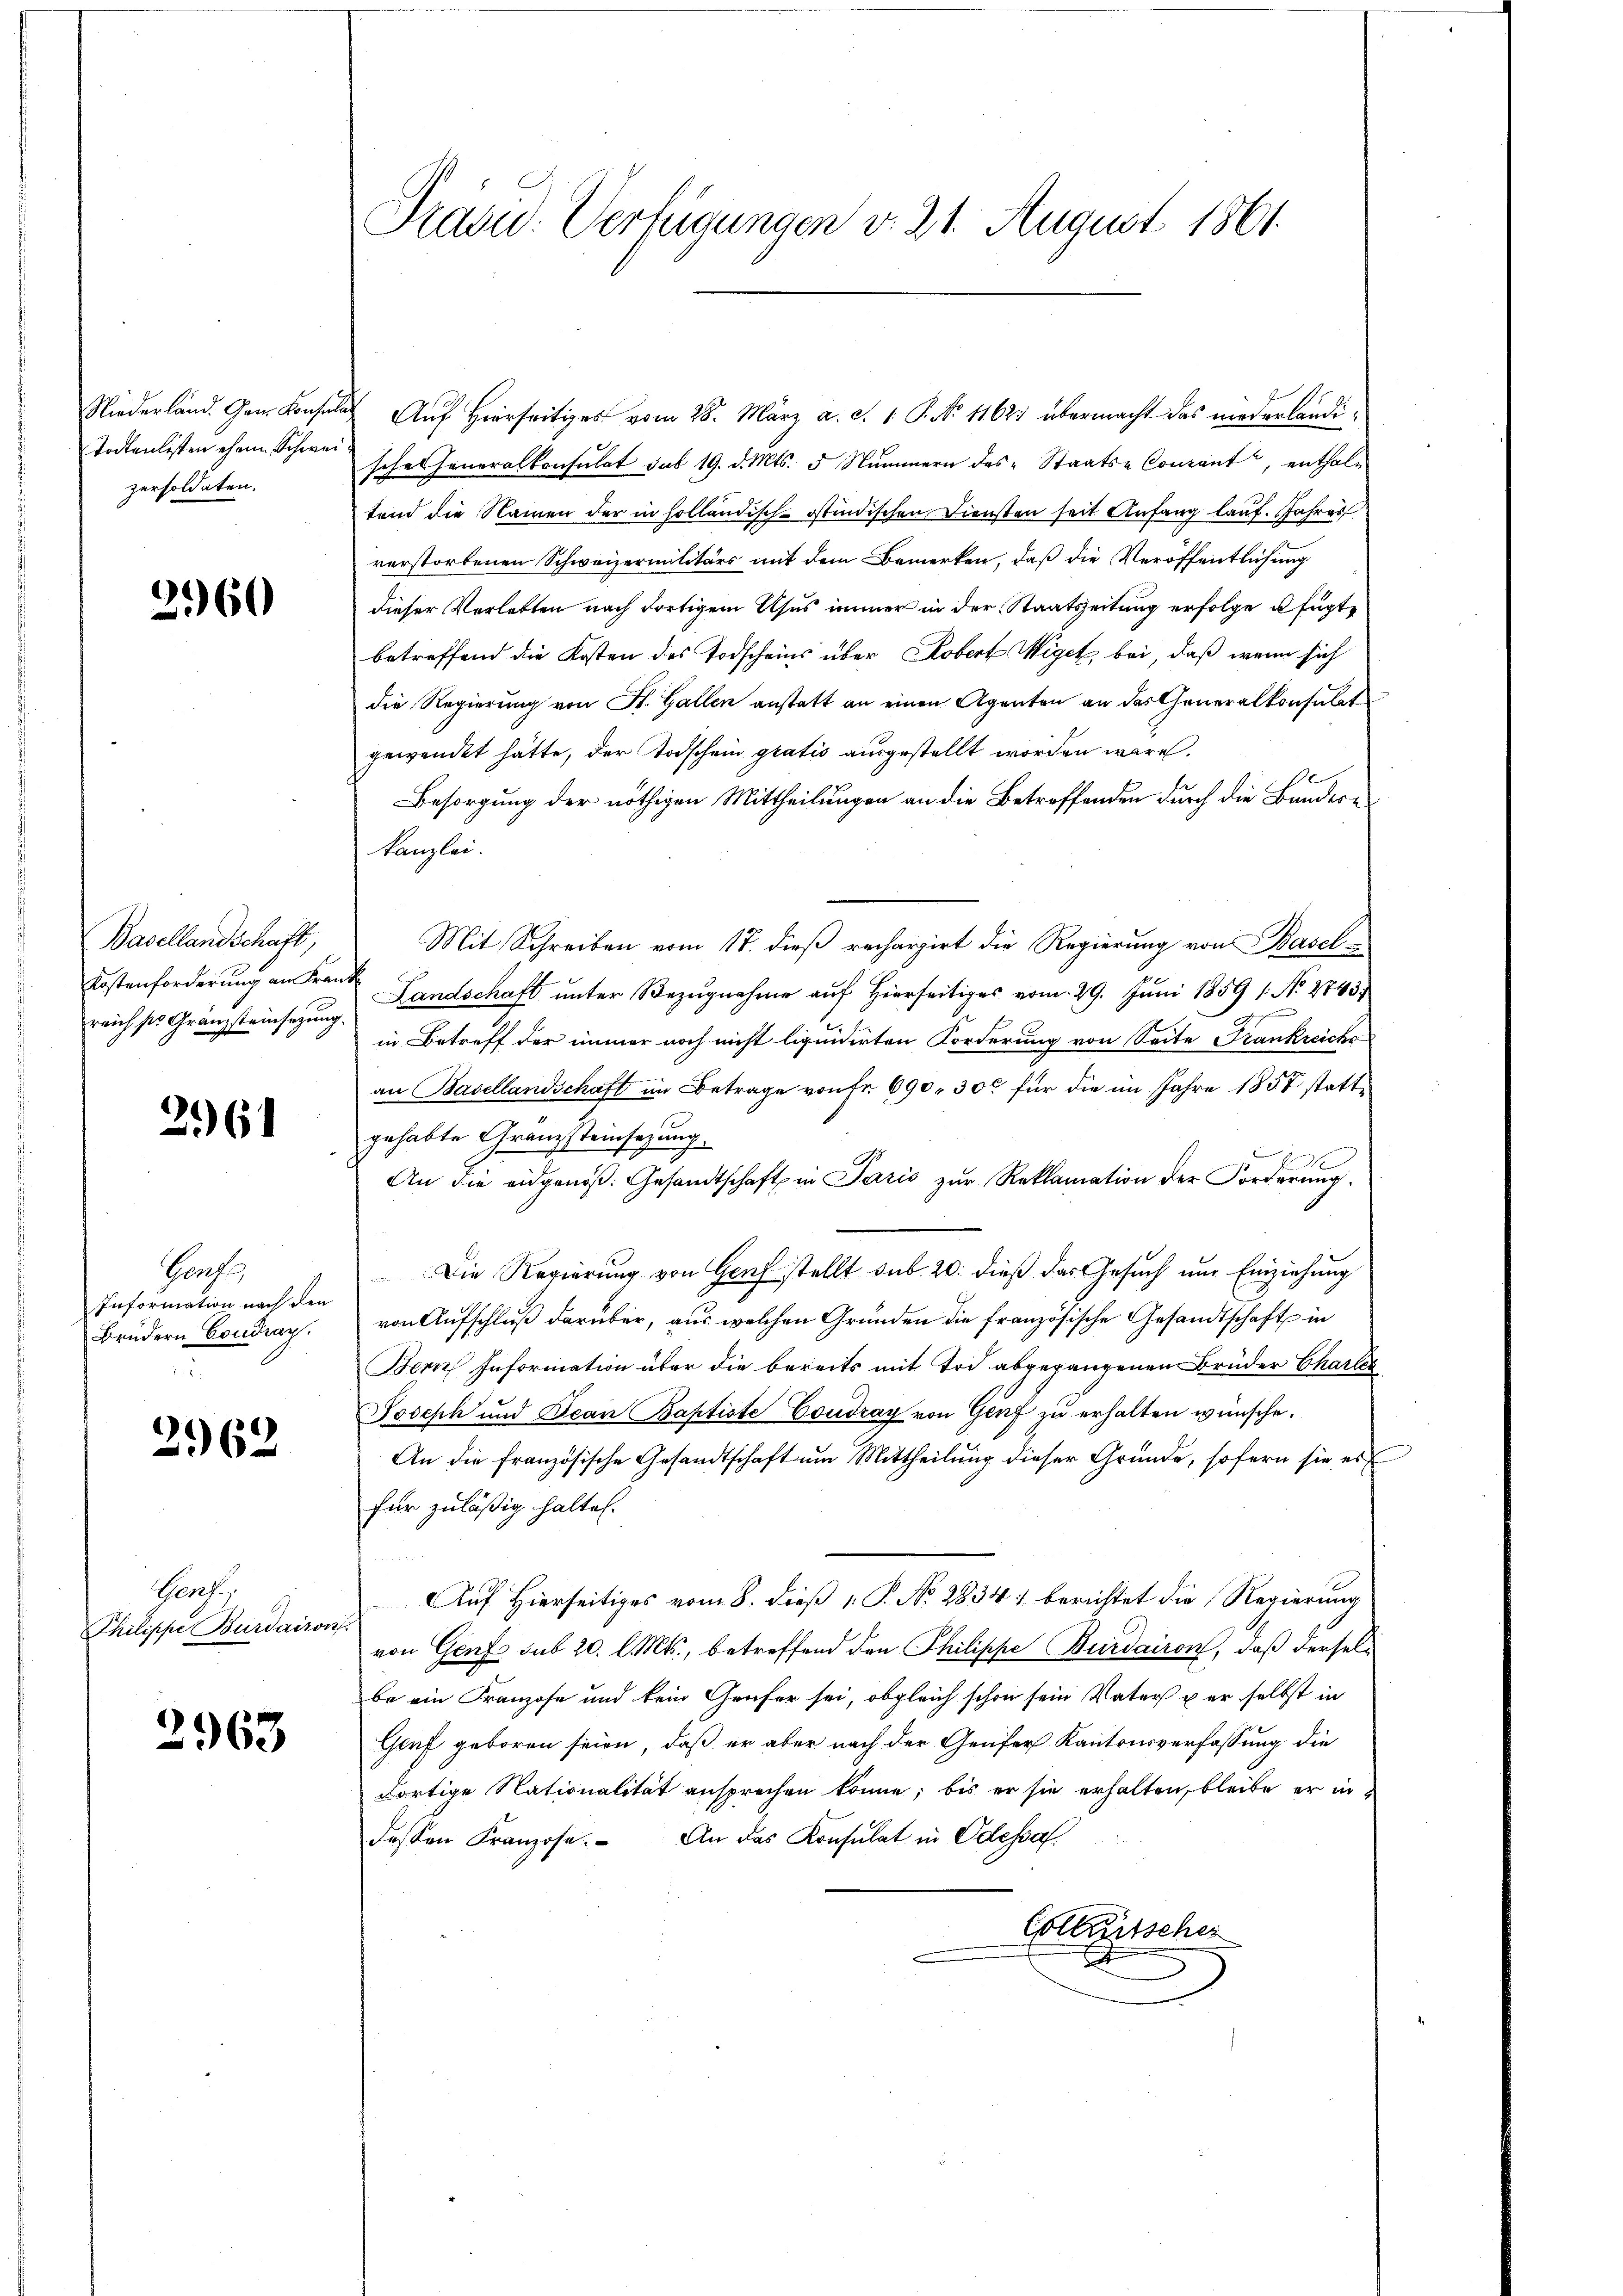
Niederland. Gen. Konsen
Todtenlisten ehem Schwe
persoldaten.

2960

Basellandschaft,
Kostenforderung an Fran
reich ses Gränzsteinsatzung.

3161

Porf.
Information nach den
Brüdern Condray.

2962

Prof.
Philippe Burdairon

2963

Präsid. Verfügungen v. 21. August 1861.

Auf Hierseitiges vom 28. März a. c. 1 P. No 1162 übermacht das niederländischeheneralkonsulat sub 19. d. Mts. 5 Nummern des Staats-Coucant, enthaltend die Namen der in holländisch-östindischen Diensten seit Anfang laŭf. Jahres
verstorbenen Schweizermilitärs mit dem Bemerken, daß die Veröffentlichung
dieser Verletten nach dortigem Usus immer in der Staatszeitung erfolge u fügte
betreffend die Kosten des Todscheins über Kobert Wiget bei, daß wenn sich
die Regierung von St. Gallen anstatt an einen Agenten an das Generalkonsulat
gewendet hätte, der Todschein gratis ausgestellt worden wäre.
Besorgung der nöthigen Mittheilungen an die Betreffenden durch die Bundeskanzlei.
Mit Schreiben vom 17. dieß rechargirt die Regierung von Basel¬
Landschaft unter Bezugnahme auf Hierseitiges vom 29. Juni 1859 /: No 2743;
in Betreff der immer noch nicht liquidirten Forderung von Seite Frankreiche
an Basellandschaft im Betrage von Fr. 690. 300 für die im Jahre 1857 stattgehabte Granzsteinsetzung.
An die eidgenöβ: Gesandtschaft in Paris zŭr Reklamation der Forderŭng.
Die Regierung von Genf stellt sub. 20. dieß das Gesuch und Einziehung
von Aufschluß darüber, aus welchen Gründen die französische Gesandtschaft in
Bern Information über die bereits mit Tod abgegangenen Brüder Charle
Joseph und Bean Baptiste Coudray von Genf zu erhalten wünsche.
An die französische Gesandtschaft um Mittheilung dieser Gründe, sofern sie es
für zuläßig halten.
Auf Hierseitiges vom 8. dieß P. No 2834) berichtet die Regierung
von Genf sub 20. l. Mts., betreffend den Philippe Buirdairon, daß derselbe ein Franzose und kein Genfer sei, obgleich schon sein Vater per selbst in
Gerf geboren seien, daß er aber nach der Genfer Kantonsverfassung die
dortige Nationalität ansprechen könne; bis er sie erhalten, bleibe er in
deβen Franzose. An das Konsulat in Odessa.
Collerischer